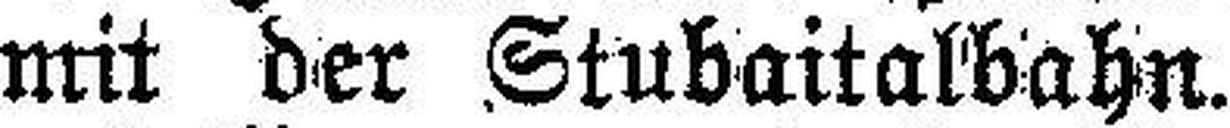
mit der Stubaitalbahn.